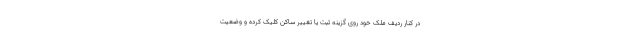
در کنار ردیف ملک خود روی گزینه ثبت یا تغییر ساکن کلیک کرده و وضعیت